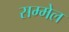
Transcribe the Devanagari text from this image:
सम्‍मेल